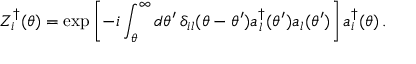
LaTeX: Z _ { i } ^ { \dagger } ( \theta ) = \exp \left[ - i \int _ { \theta } ^ { \infty } d \theta ^ { \prime } \, \delta _ { i l } ( \theta - \theta ^ { \prime } ) a _ { l } ^ { \dagger } ( \theta ^ { \prime } ) a _ { l } ( \theta ^ { \prime } ) \right] a _ { i } ^ { \dagger } ( \theta ) \, .